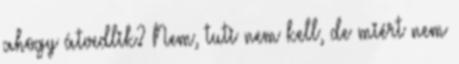
ahogy átvedlik? Nem, tuti nem kell, de miért nem